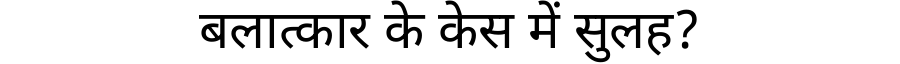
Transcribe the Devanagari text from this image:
बलात्कार के केस में सुलह?